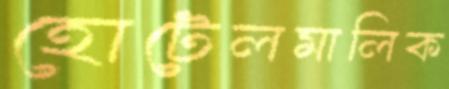
হোটেলমালিক